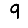
Digit: 9